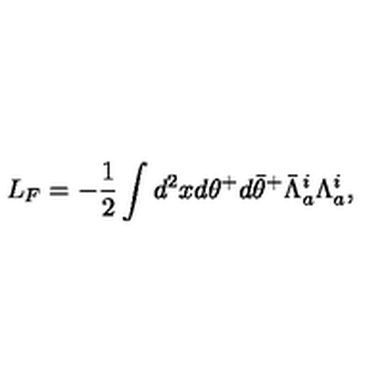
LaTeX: L _ { F } = - \frac { 1 } { 2 } \int d ^ { 2 } x d \theta ^ { + } d { \bar { \theta } } ^ { + } { \bar { \Lambda } } _ { a } ^ { i } \Lambda _ { a } ^ { i } ,